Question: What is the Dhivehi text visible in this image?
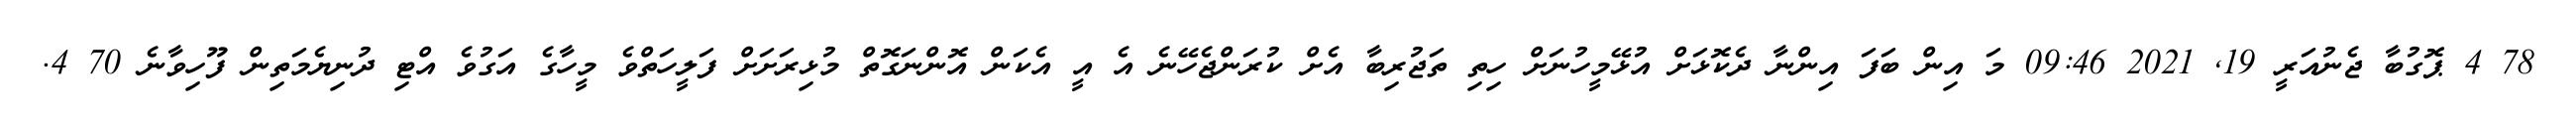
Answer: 78 4 ޕޮގުބާ ޖެނުއަރީ 19, 2021 09:46 މަ އިން ބަފަ އިންނާ ދެކޮޅަށް އުޅޭމީހުނަށް ހިތި ތަޖުރިބާ އެށް ކުރަންޖެހޭނެ އެ އީ އެކަން އޮންނަގޮތް މުޅިރަށަށް ފަލީހަތްވެ މީހާގެ އަގުވެ އްޓި ދުނިޔެމަތިން ފޫހިވާނެ 70 4.